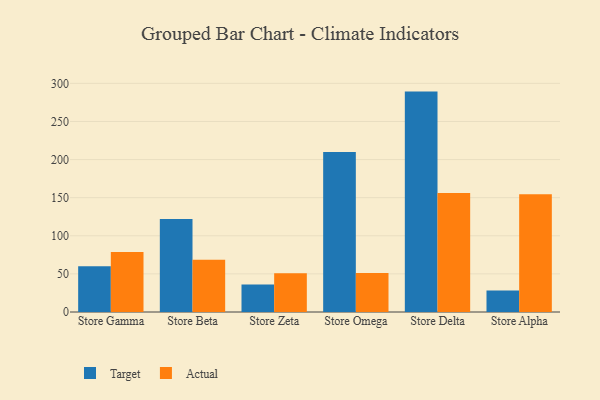
{"axis": {"x": "Store", "y": "Website Visitors"}, "legend": ["Actual", "Target"], "data": [{"x": "Store Gamma", "y": 60.1, "type": "Target"}, {"x": "Store Gamma", "y": 78.6, "type": "Actual"}, {"x": "Store Beta", "y": 121.9, "type": "Target"}, {"x": "Store Beta", "y": 68.7, "type": "Actual"}, {"x": "Store Zeta", "y": 36.0, "type": "Target"}, {"x": "Store Zeta", "y": 51.0, "type": "Actual"}, {"x": "Store Omega", "y": 210.1, "type": "Target"}, {"x": "Store Omega", "y": 51.1, "type": "Actual"}, {"x": "Store Delta", "y": 289.2, "type": "Target"}, {"x": "Store Delta", "y": 156.0, "type": "Actual"}, {"x": "Store Alpha", "y": 28.2, "type": "Target"}, {"x": "Store Alpha", "y": 154.6, "type": "Actual"}]}